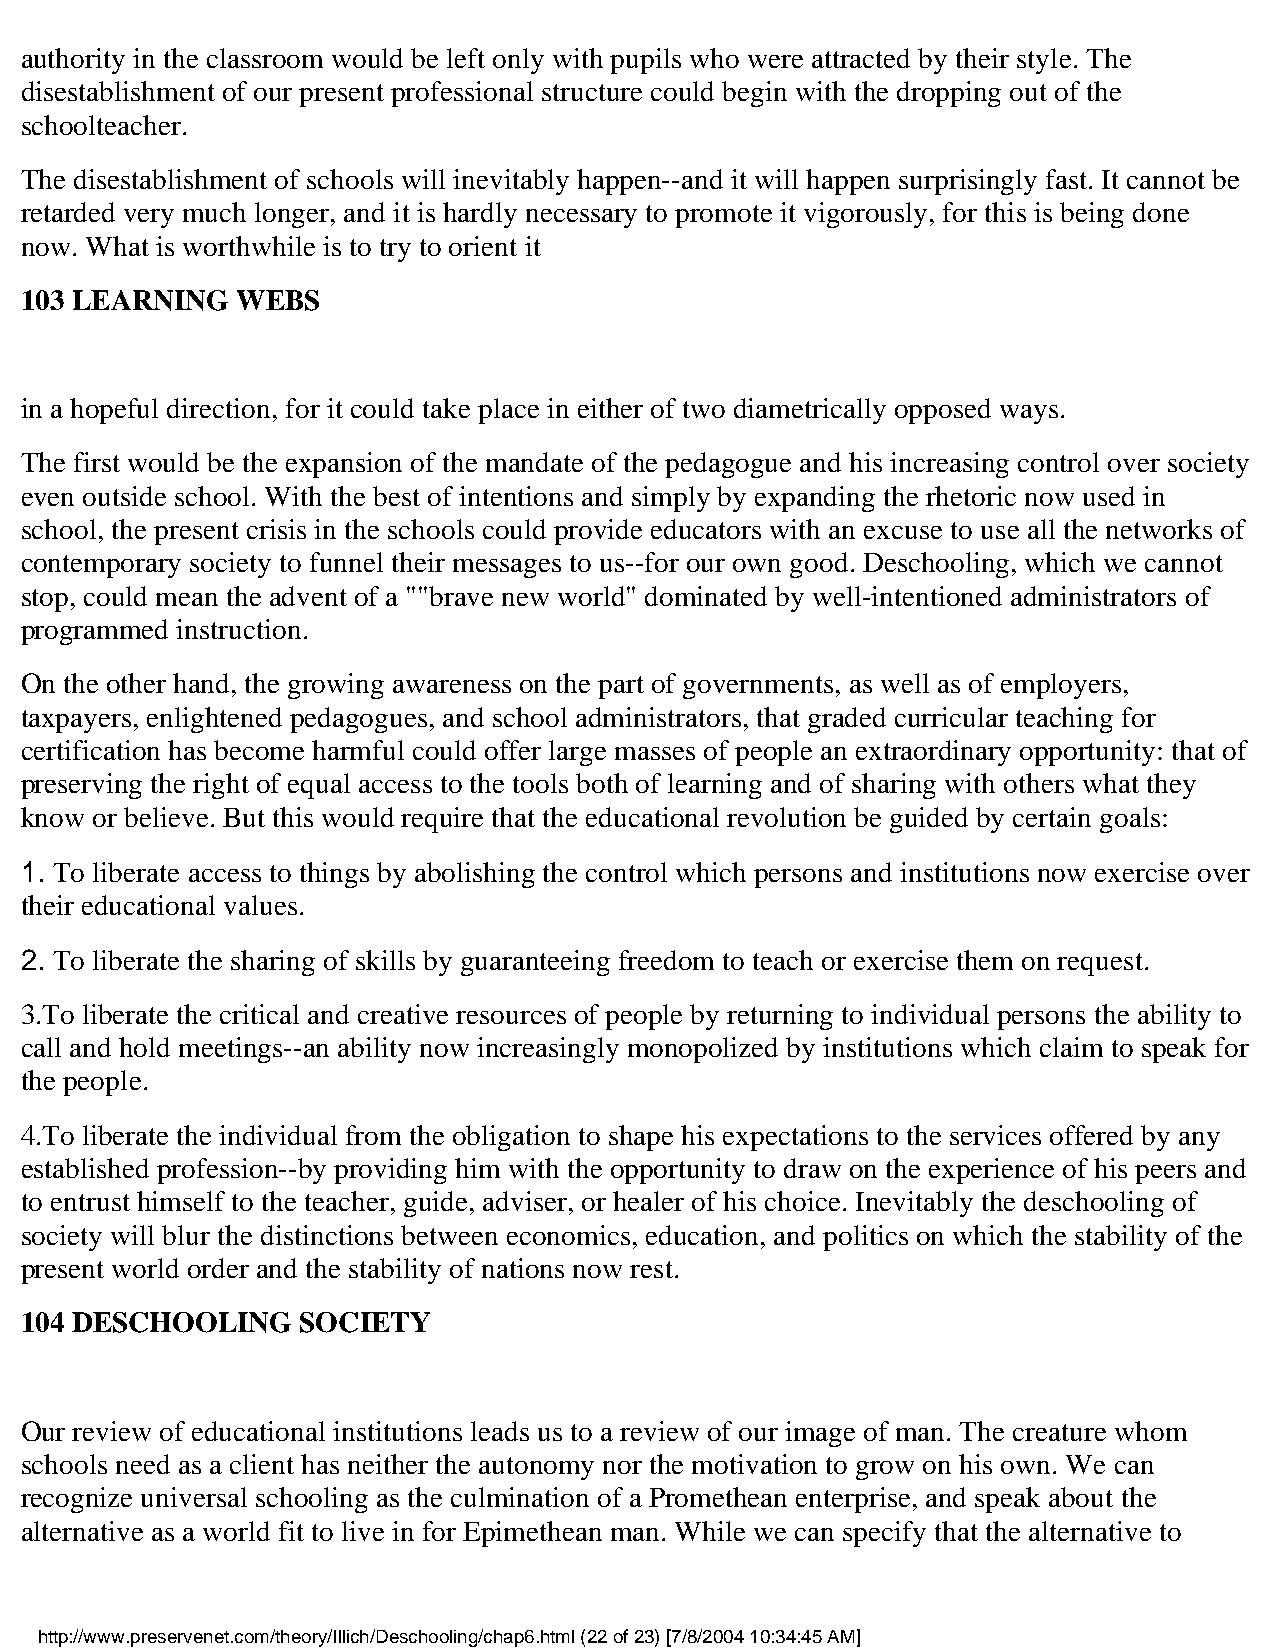
authority in the classroom would be left only with pupils who were attracted by their style. The
 disestablishment of our present professional structure could begin with the dropping out of the
 schoolteacher.
 The disestablishment of schools will inevitably happen--and it will happen surprisingly fast. It cannot be
 retarded very much longer, and it is hardly necessary to promote it vigorously, for this is being done
 now. What is worthwhile is to try to orient it
 103 LEARNING   WEBS
 in a hopeful direction, for it could take place in either of two diametrically opposed ways.
 The first would be the expansion of the mandate of the pedagogue and his increasing control over society
 even outside school. With the best of intentions and simply by expanding the rhetoric now used in
 school, the present crisis in the schools could provide educators with an excuse to use all the networks of
 contemporary society to funnel their messages to us--for our own good. Deschooling, which we cannot
 stop, could mean the advent of a ""brave new world" dominated by well-intentioned administrators of
 programmed instruction.
 On the other hand, the growing awareness on the part of governments, as well as of employers,
 taxpayers, enlightened pedagogues, and school administrators, that graded curricular teaching for
 certification has become harmful could offer large masses of people an extraordinary opportunity: that of
 preserving the right of equal access to the tools both of learning and of sharing with others what they
 know or believe. But this would require that the educational revolution be guided by certain goals:
 1. To liberate access to things by abolishing the control which persons and institutions now exercise over
 their educational values.
 2. To liberate the sharing of skills by guaranteeing freedom to teach or exercise them on request.
 3.To liberate the critical and creative resources of people by returning to individual persons the ability to
 call and hold meetings--an ability now increasingly monopolized by institutions which claim to speak for
 the people.
 4.To liberate the individual from the obligation to shape his expectations to the services offered by any
 established profession--by providing him with the opportunity to draw on the experience of his peers and
 to entrust himself to the teacher, guide, adviser, or healer of his choice. Inevitably the deschooling of
 society will blur the distinctions between economics, education, and politics on which the stability of the
 present world order and the stability of nations now rest.
 104 DESCHOOLING    SOCIETY
 Our review of educational institutions leads us to a review of our image of man. The creature whom
 schools need as a client has neither the autonomy nor the motivation to grow on his own. We can
 recognize universal schooling as the culmination of a Promethean enterprise, and speak about the
 alternative as a world fit to live in for Epimethean man. While we can specify that the alternative to
 http://www.preservenet.com/theory/Illich/Deschooling/chap6.html (22 of 23) [7/8/2004 10:34:45 AM]